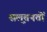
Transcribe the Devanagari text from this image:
सल़्तनतों